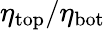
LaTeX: \eta_{\mathrm{top}}/\eta_{\mathrm{bot}}